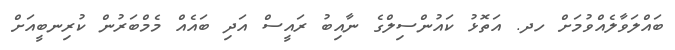
ބައްލަވާލެއްވުމަށް ހދ. އަތޮޅު ކައުންސިލްގެ ނާއިބު ރައީސް އަދި ބައެއް މެމްބަރުން ކުރިނބީއަށް